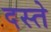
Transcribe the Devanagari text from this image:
दस्‍ते